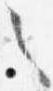
之